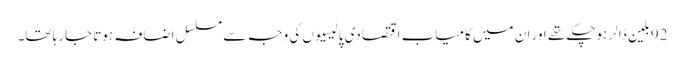
92بلین ڈالر ہوچکے تھے اور ان میں کامیاب اقتصادی پالیسیوں کی وجہ سے مسلسل اضافہ ہوتا جارہا تھا۔